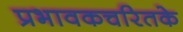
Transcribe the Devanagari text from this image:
प्रभावकचरितके